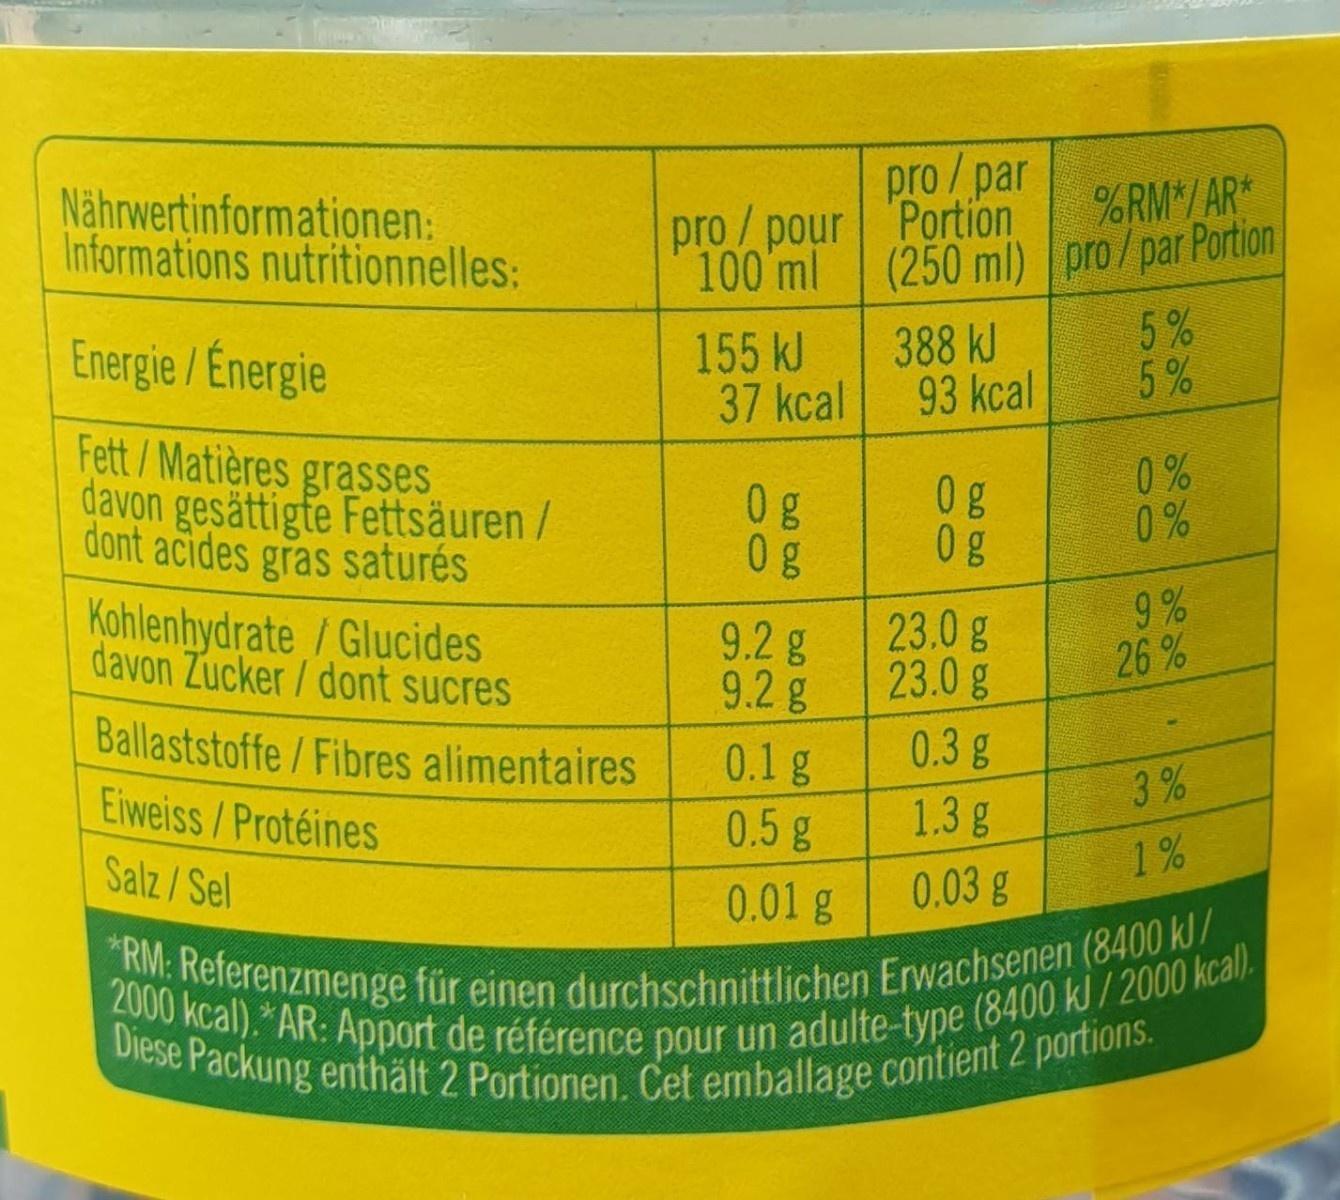
2000 kcal).*AR: Apport de référence pour un adulte-type (8400 kJ /2000 kcal).
*RM: Referenzmenge für einen durchschnittlichen Erwachsenen (8400 kJ/
Diese Packung enthält 2 Portionen. Cet emballage contient 2 portions.
pro / par pro /pour Portion 100 ml
%RM*/AR* (250 ml) pro/par Portion 5 % 5 %
Nährwertinformationen: Informations nutritionnelles:
Energie /Energie
155kJ 37 kcal
388 kJ 93 kcal
Fett/Matières grasses davon gesättigte Fettsäuren / dont acides gras saturés
0 g g
0 % 0 %
Kohlenhydrate /Glucides davon Zucker/ dont sucres
9.2g 9.2g
23.0g 23.0 g
9 % 26 %
Ballaststoffe/Fibres alimentaires Eiweiss/Protéines
0.3g
0.1g 0.5g
3 %
1.3g
Salz/Sel
0.03 g
1%
0.01 g
410